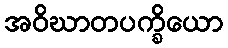
အဝိဃာတပက္ခိယော